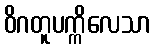
ဝိဂတူပက္ကိလေသာ